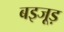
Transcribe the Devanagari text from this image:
बइजूड़